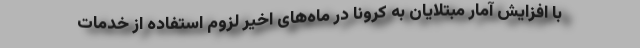
با افزایش آمار مبتلایان به کرونا در ماه‌های اخیر لزوم استفاده از خدمات